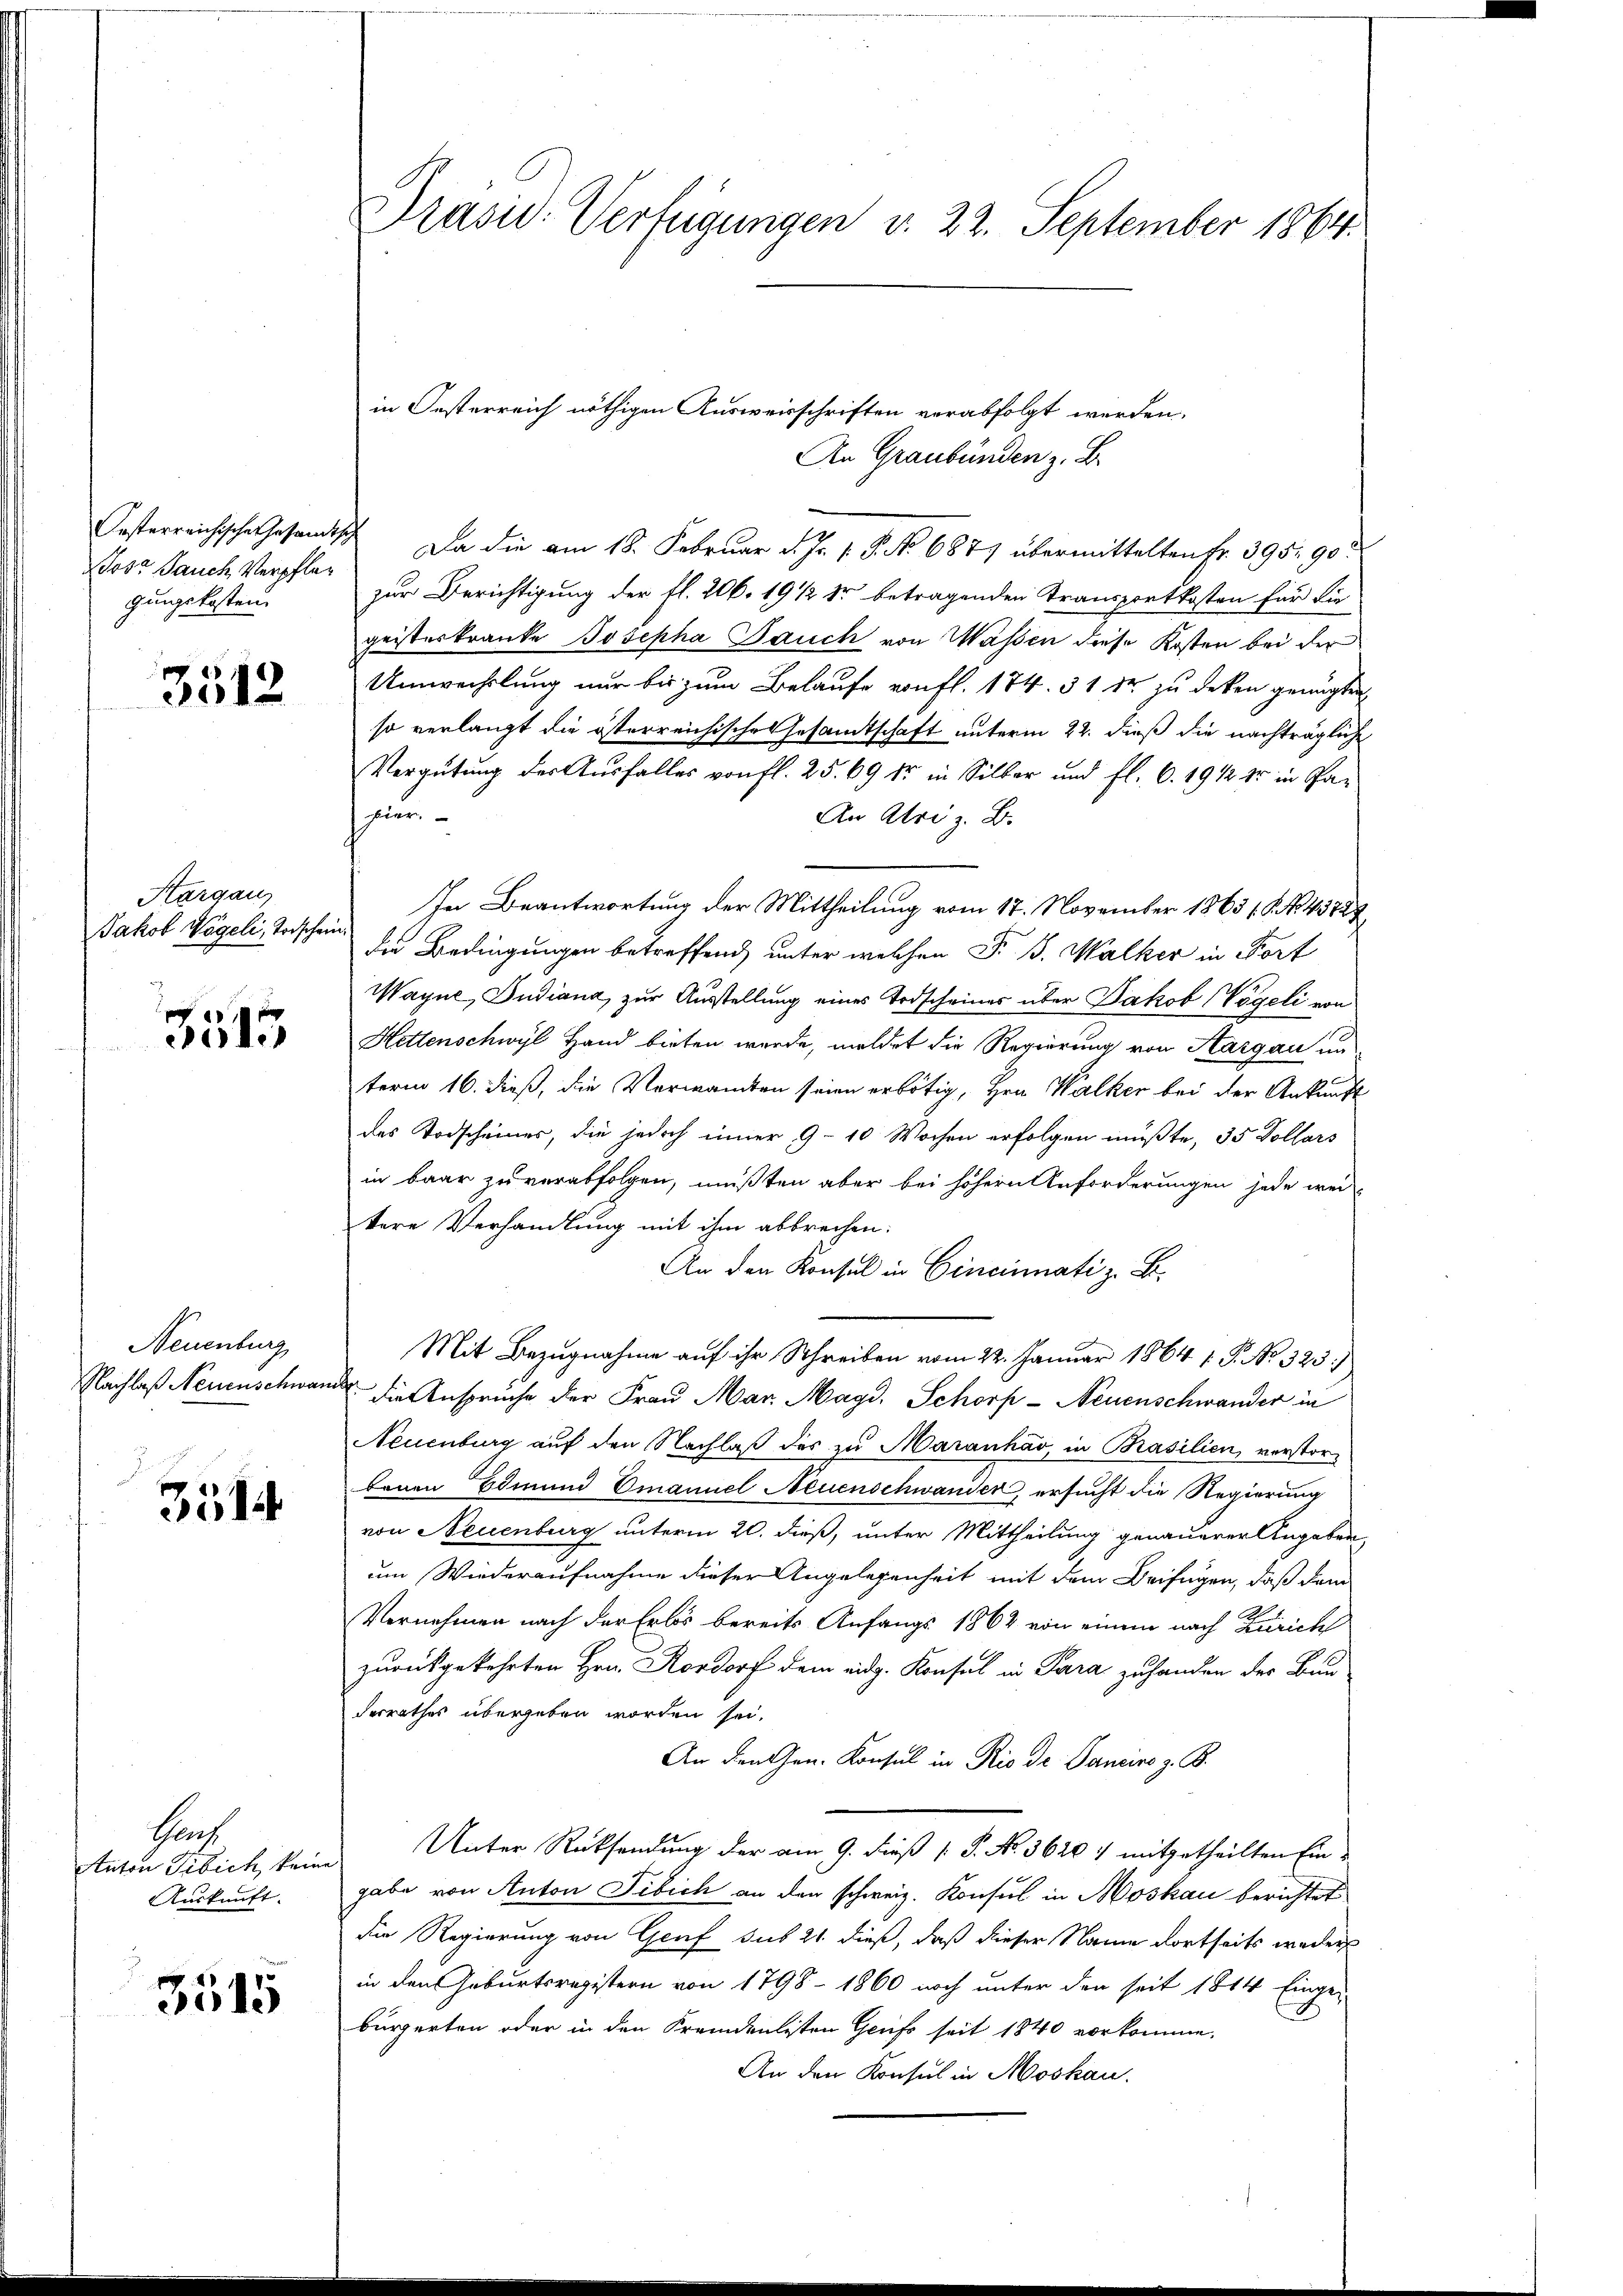
Wose Jauch Verpfleg
gungskosten

3512

Hargau
Jakob Vogeli, Todschein.

3515

Neuenburg

3514

Haf
Anton Tibich, kein
Auskunft.

3515

Präsid. Verfügungen v. 22. September 1864.

An Graubünden z. B.
asterreichischerhesandtsch. Da die am 18. Februar d. Js. v. 8. No 6879 übermittelten Fr. 395. 90
zur Berichtigung der fl. 206. 19 1/2 Xr betragenden Transportkosten für die
geisterkranke Josepha Jauch von Wassen diese Kosten bei der
Umwechslung nur bis zum Belaufe von fl. 174. 31 dr zu deken genügten
so verlangt die österreichische Gesamtschaft unterm 22. dieß die nachträgliche
Vergütung der Ausfalles von fl. 25. 69 dr in Silber und fl. 6. 1912 er in Pa-
hier.
An Atri z. B.
In Beantwortung der Mittheilung vom 17. November 1863 / 5. No. 43727
die Bedingungen betreffend unter welchen F. B. Walker in Fort
Wayne, Judiana, zur Ausstellung eines Todscheines über Jakob (Vögeli un
Hettenschwyl Hand bieten wurde, meldet die Regierung von Aargau un
term 16. dieß, die Verwandten seien erbötig, Hrn. Walker bei der Ankunft
des Todscheines, die jedoch inner 9-10 Wochen erfolgen müßte, 35 Dollars
in baar zu verabfolgen, mußten aber bei höhern Anforderungen jede wei-
tere Verhandlung mit ihm abbrechen:
An den Konsul in Cincinati z. B.
Mit Bezugnahme auf ihr Schreiben vom 22. Januar 1864 1 P. No. 323.)
Nachlaß Neuenschwand die Anspruche der Frau Mar. Magd. Schorp- Neuenschwander in
Neuenburg auf den Nachlaß des zu Maranháo, in Brasilien, verstorbenen Edmund Emanuel Neuenschwander, ersucht die Regierung
von Neuenburg unterm 20. dieß, unter Mittheilung genauerer Angaben,
um Wiederaufnahme dieser Angelegenheit mit dem Beifügen, daß dem
Vernehmen nach der Erbs bereits Anfangs 1864 von einem nach Züricht
zurückgekehrten Hrn. Rordorf dem eidg. Konsul in Para zu handen der Bunderrathes übergeben worden sei.
An den Gen. Konsul in Rio de Janeiro z. B.
Unter Rücksendung der am 9. dieß P. No. 3620 7 mitgetheilten Ein-
a
gabe von Anton Tibich an den schweiz. Konsul in Moskau berichtet
die Regierung von Genf sub 21. dieß, daß dieser Name dortseits weder
in den Geburtsregistern von 1798 - 1860 noch unter den seit 1814 Einge-
bürgerten oder in den Kremdenlisten Gruss seit 1840 vorkomme,
An den Konsul in Moskau

in Oesterreich nöthigen Ausweisschriften vorabfolgt werden.